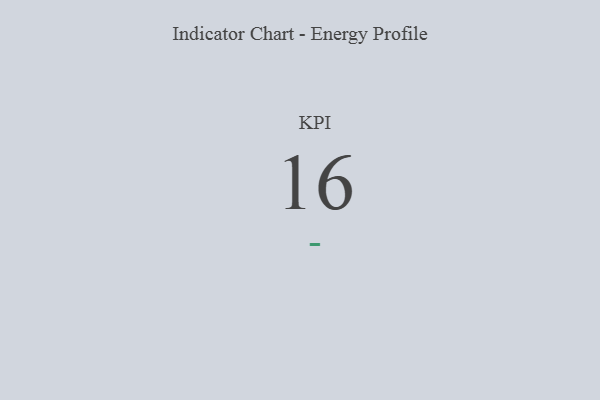
{"axis": {"x": "KPI", "y": "Value"}, "legend": [""], "data": [{"x": "KPI", "y": 16, "type": ""}]}